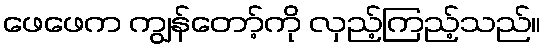
ဖေဖေက ကျွန်တော့်ကို လှည့်ကြည့်သည်။